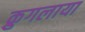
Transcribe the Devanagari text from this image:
क्रुगलाया